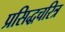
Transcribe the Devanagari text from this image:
प्रसिद्धचरित्र